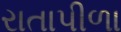
રાતાપીળા